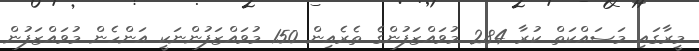
މީރާގައި މަސައްކަތް ކުރާ 284 މުވައްޒަފުންގެ ތެރެއިން 150 މުވައްޒަފުންނަކީ އަންހެން މުވައްޒަފުން